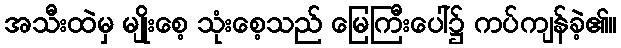
အသီးထဲမှ မျိုးစေ့ သုံးစေ့သည် မြေကြီးပေါ်၌ ကပ်ကျန်ခဲ့၏။